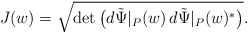
\begin{align*} J(w)=\sqrt{\det\big( d\tilde\Psi|_{P}(w)\,d\tilde\Psi|_{P}(w)^*\big) }.\end{align*}